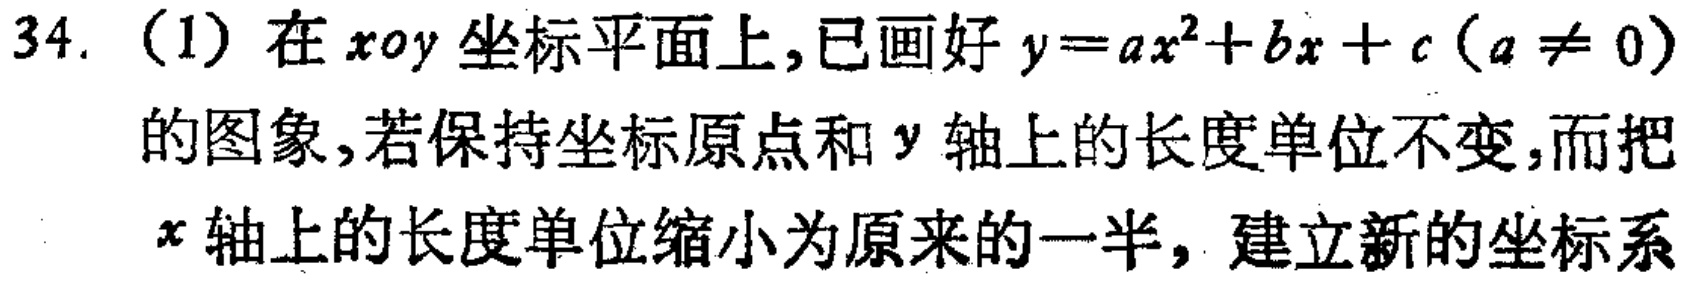
34.（1）在$xoy$坐标平面上，已画好$y = ax^{2}+bx + c(a\neq0)$的图象，若保持坐标原点和$y$轴上的长度单位不变，而把$x$轴上的长度单位缩小为原来的一半，建立新的坐标系